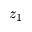
z _ { 1 }